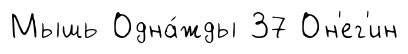
Мышь Одна́жды 37 Он'ег'ин